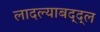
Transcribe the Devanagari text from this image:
लादल्याबद्द्ल